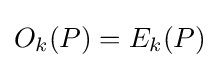
O_{k}(P)=E_{k}(P)